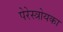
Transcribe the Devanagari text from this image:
पेरेस्त्रोयका